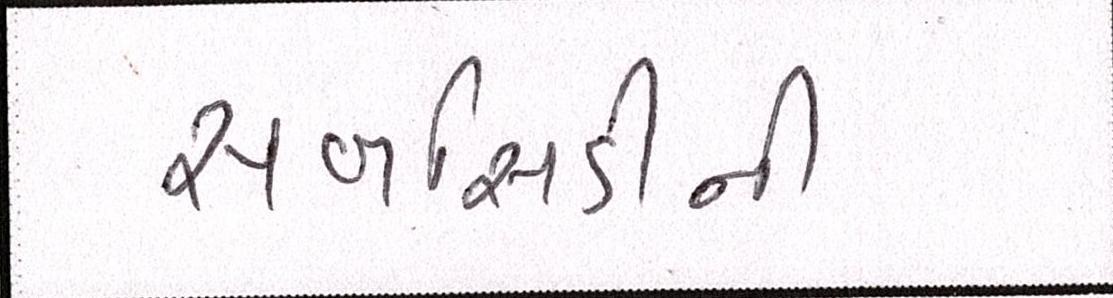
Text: સબસિડીની